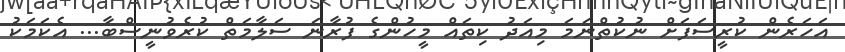
އަހަރެން ކުރީސަފަށް ނުކުތްނަމަ މިއަދު ކިތައް މީހުންގެ ފުރާނަ ސަލާމަތް ކުރެވުނީސްބާ... އެކަމަކު